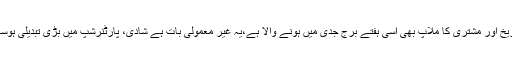
سیارہ مریخ اور مشتری کا ملاپ بھی اسی ہفتے برج جدی میں ہونے والا ہے،یہ غیر معمولی بات ہے شادی، پارٹنرشپ میں بڑی تبدیلی ہوسکتی ہے۔